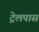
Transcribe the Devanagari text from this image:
ट्रेलपास